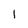
Character: I